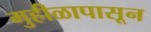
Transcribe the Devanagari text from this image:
मुहीळापासून